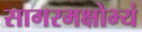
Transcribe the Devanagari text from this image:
सागरमक्षोभ्यं